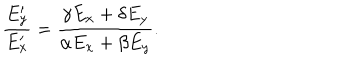
{ \frac { E _ { y } ^ { \prime } } { E _ { x } ^ { \prime } } } = { \frac { \gamma E _ { x } + \delta E _ { y } } { \alpha E _ { x } + \beta E _ { y } } } .